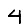
Digit: 4